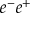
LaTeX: e ^ { - } e ^ { + }